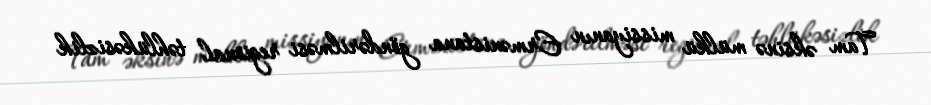
Tam əksinə mülkü missiyanın Ermənistana göndərilməsi regional təhlükəsizlik